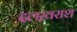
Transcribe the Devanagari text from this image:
दलख़राश